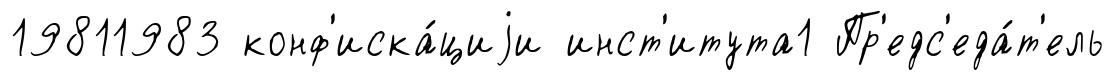
19811983 конф'иска́циjи инст'итута1 Пр'едс'еда́т'ель